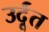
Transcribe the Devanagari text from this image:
उर्दूंत